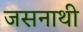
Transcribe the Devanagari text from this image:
जसनाथी